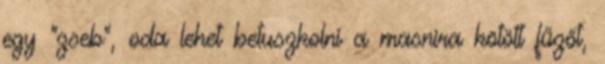
egy "zseb", oda lehet betuszkolni a masnira kötött fűzőt,